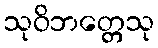
သုဝိဘတ္တေသု